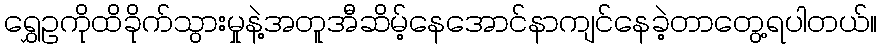
ရွှေဥကိုထိခိုက်သွားမှုနဲ့အတူအီဆိမ့်နေအောင်နာကျင်နေခဲ့တာတွေ့ရပါတယ်။